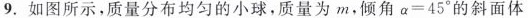
9. 如图所示，质量分布均匀的小球，质量为m，倾角$$α=4 5°$$的斜面体